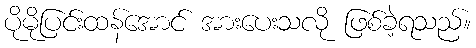
ပိုမိုပြင်းထန်အောင် အားပေးသလို ဖြစ်ခဲ့ရသည်။